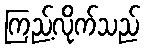
ကြည့်လိုက်သည်